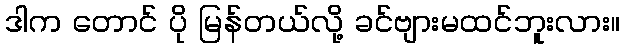
ဒါက တောင် ပို မြန်တယ်လို့ ခင်ဗျားမထင်ဘူးလား။